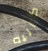
كاليه